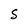
Character: S